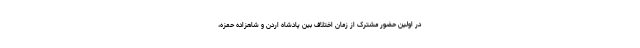
در اولین حضور مشترک از زمان اختلاف بین پادشاه اردن و شاهزاده حمزه،